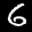
Label: 6